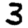
Digit: 3